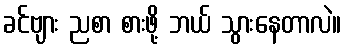
ခင်ဗျား ညစာ စားဖို့ ဘယ် သွားနေတာလဲ။